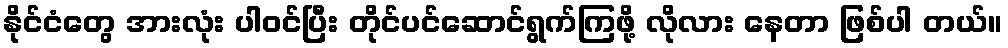
နိုင်ငံတွေ အားလုံး ပါဝင်ပြီး တိုင်ပင်ဆောင်ရွက်ကြဖို့ လိုလား နေတာ ဖြစ်ပါ တယ်။